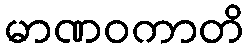
မာဏဝကာတိ